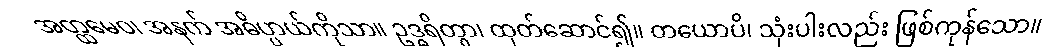
အတ္ထမေဝ၊ အနက် အဓိပ္ပာယ်ကိုသာ။ ဥဒ္ဓရိတွာ၊ ထုတ်ဆောင်၍။ တယောပိ၊ သုံးပါးလည်း ဖြစ်ကုန်သော။